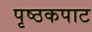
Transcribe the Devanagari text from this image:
पृष्ठकपाट